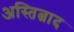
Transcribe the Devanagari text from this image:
अस्तित्वाद